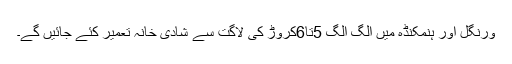
ورنگل اور ہنمکنڈہ میں الگ الگ 5تا6کروڑ کی لاگت سے شادی خانہ تعمیر کئے جائیں گے۔